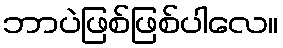
ဘာပဲဖြစ်ဖြစ်ပါလေ။